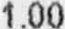
1.00